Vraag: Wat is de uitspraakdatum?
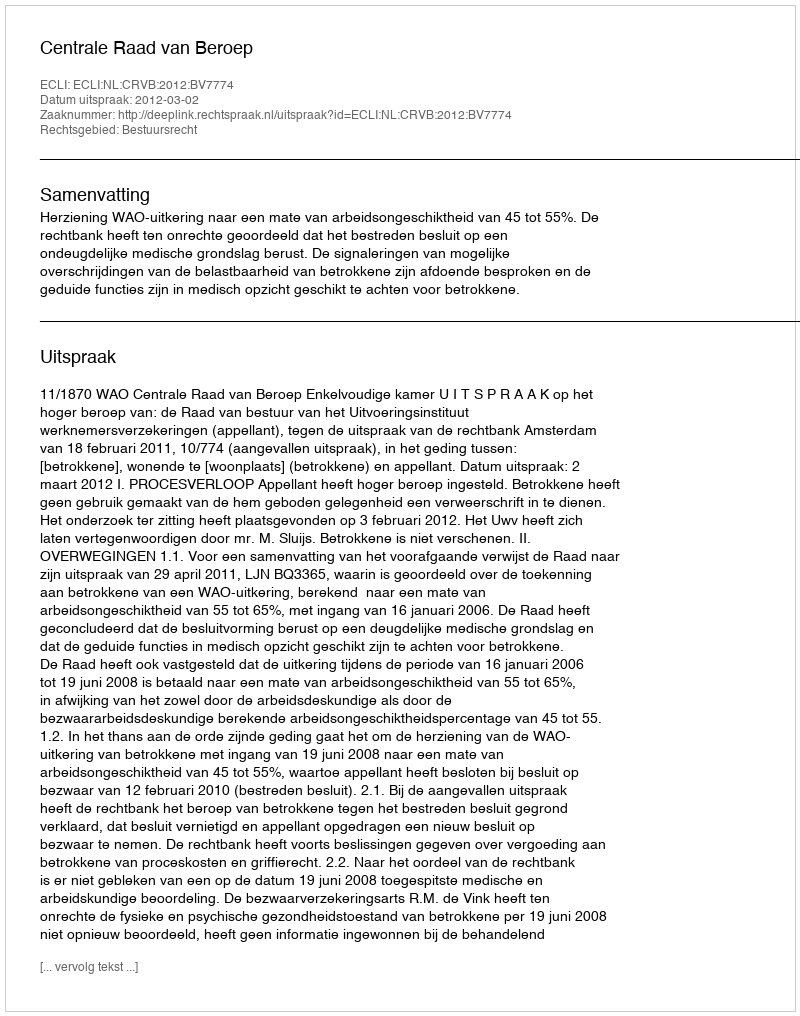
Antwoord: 2012-03-02